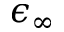
\epsilon _ { \infty }